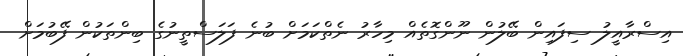
އިސްރާއީލު ސިފައިން ބޭލުން ނޫންގޮތެއް މިހާރު ނެތްކަމަށް ބުނެ ފަލަސްތީނުގެ ބިންތަކުން ފޭބުމަށް